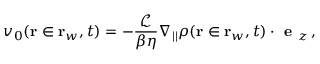
v _ { 0 } ( \mathbf { r } \in \mathbf { r } _ { w } , t ) = - \frac { \mathcal { L } } { \beta \eta } \nabla _ { | | } \rho ( \mathbf { r } \in \mathbf { r } _ { w } , t ) \cdot \textbf { e } _ { z } \, ,